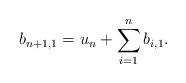
LaTeX: \begin{align*}b_{n+1,1} = u_n + \sum_{i=1}^n b_{i,1}.\end{align*}